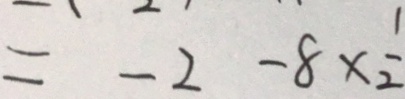
= - 2 - 8 \times \frac { 1 } { 2 }